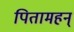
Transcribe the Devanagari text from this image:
पितामहन्